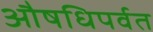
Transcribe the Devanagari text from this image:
औषधिपर्वत